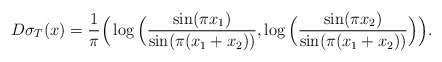
\begin{align*} D\sigma_T (x) =\frac{1}{\pi} \Big(\log \Big(\frac{\sin (\pi x_1)}{\sin (\pi(x_1+ x_2))}, \log \Big(\frac{\sin (\pi x_2)}{\sin (\pi(x_1+ x_2))}\Big)\Big). \end{align*}